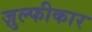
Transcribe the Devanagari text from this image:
ज़ुल्फीकार